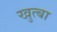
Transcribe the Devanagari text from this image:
खुत्बा